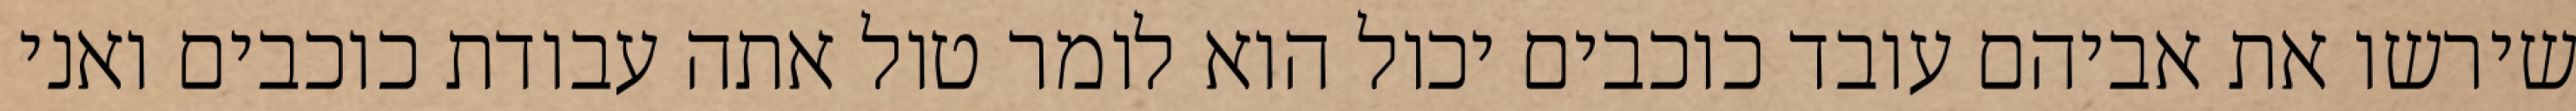
שירשו את אביהם עובד כוכבים יכול הוא לומר טול אתה עבודת כוכבים ואני